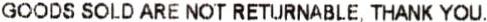
GOODS SOLD ARE NOT RETURNABLE, THANK YOU.